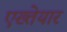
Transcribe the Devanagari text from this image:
एख्तेयार